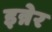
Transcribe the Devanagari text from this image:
इन्नेर